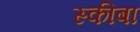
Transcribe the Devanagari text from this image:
स्कीबा